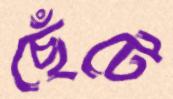
ছেঁটে